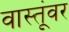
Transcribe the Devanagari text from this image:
वास्तूंवर